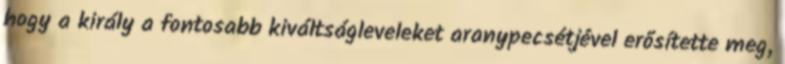
hogy a király a fontosabb kiváltságleveleket aranypecsétjével erősítette meg,